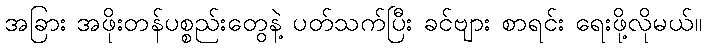
အခြား အဖိုးတန်ပစ္စည်းတွေနဲ့ ပတ်သက်ပြီး ခင်ဗျား စာရင်း ရေးဖို့လိုမယ်။